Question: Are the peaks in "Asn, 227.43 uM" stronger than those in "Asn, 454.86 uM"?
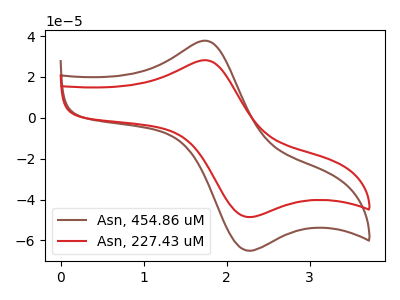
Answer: <think>The brown curve "Asn, 454.86 uM" has an anodic peak at (1.75V, 37.70uA) and a cathodic peak at (2.20V, -64.60uA). The red curve "Asn, 227.43 uM" has an anodic peak at (1.75V, 28.20uA) and a cathodic peak at (2.20V, -48.25uA).</think>
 <answer>Every peak in "Asn, 227.43 uM" is lower than every peak in "Asn, 454.86 uM".</answer>
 <eval>lower</eval>